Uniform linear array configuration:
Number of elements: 32
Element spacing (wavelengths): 1
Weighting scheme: uniform
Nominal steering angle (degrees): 15
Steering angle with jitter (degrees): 13.254
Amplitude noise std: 0.05
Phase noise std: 0.05

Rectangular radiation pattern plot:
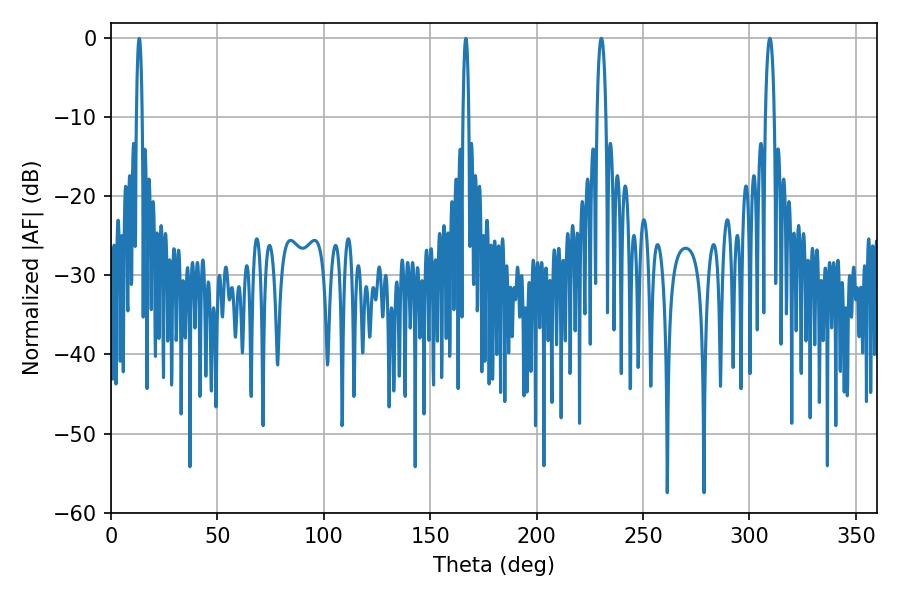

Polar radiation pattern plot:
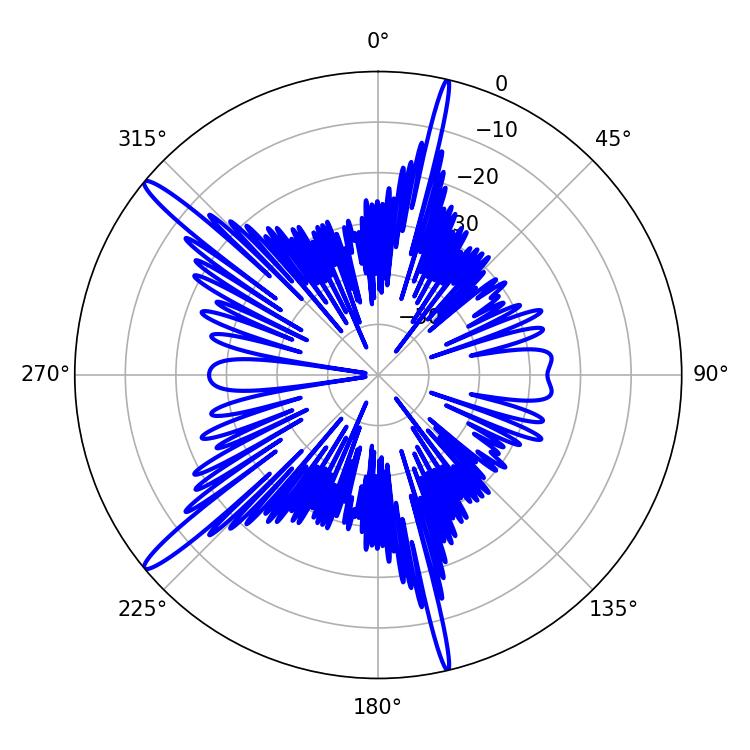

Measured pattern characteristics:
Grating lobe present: TRUE
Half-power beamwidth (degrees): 2.34
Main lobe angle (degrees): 230.4